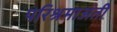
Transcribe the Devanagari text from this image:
परिश्रमाअंती